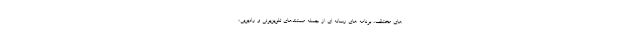
های مختلف، برنامه های رسانه ای از جمله مستندهای تلویزیونی و رادیویی،